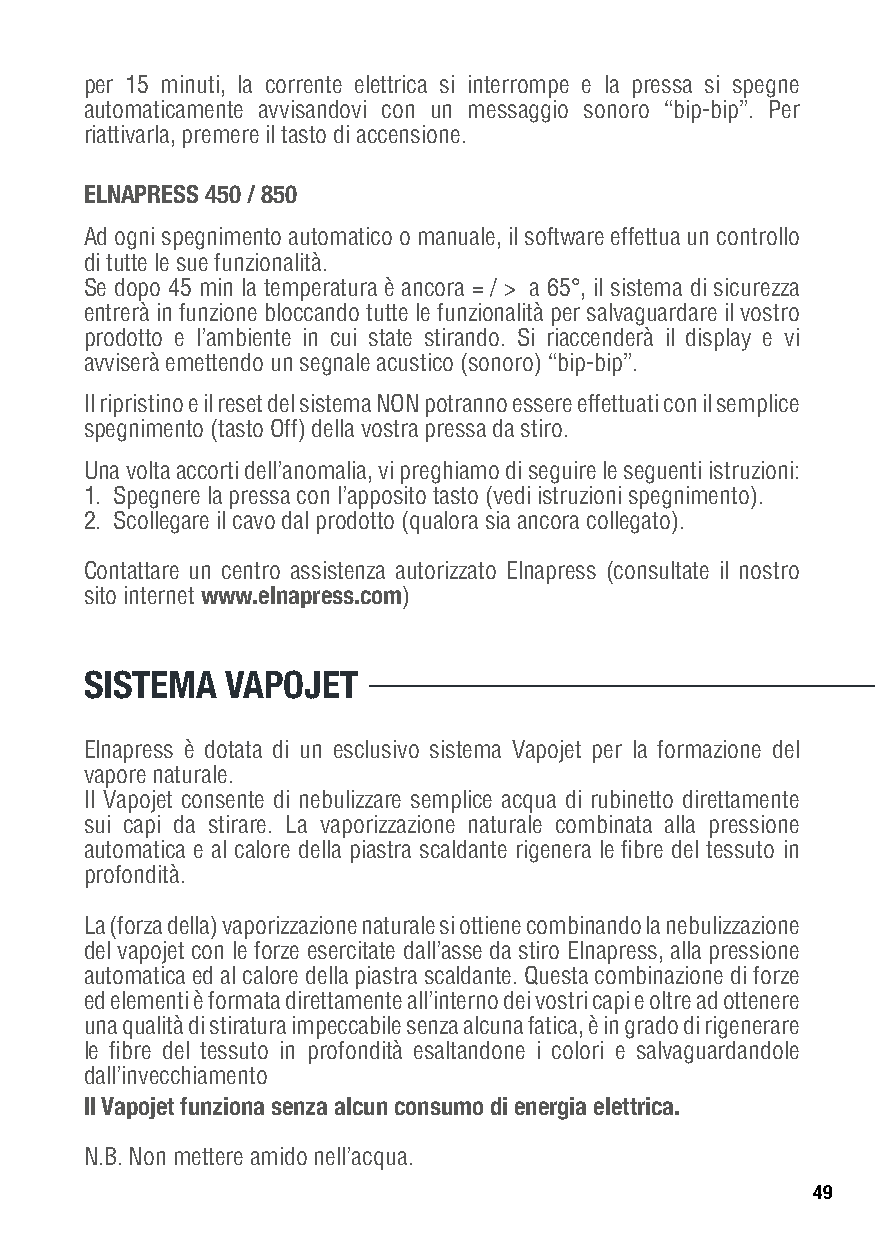
per 15 minuti, la corrente elettrica si interrompe e la pressa si spegne
 automaticamente avvisandovi con un messaggio sonoro “bip-bip”. Per
 riattivarla, premere il tasto di accensione.
 ELNAPRESS 450 / 850
 Ad ogni spegnimento automatico o manuale, il software effettua un controllo
 di tutte le sue funzionalità.
 Se dopo 45 min la temperatura è ancora = / > a 65°, il sistema di sicurezza
 entrerà in funzione bloccando tutte le funzionalità per salvaguardare il vostro
 prodotto e l’ambiente in cui state stirando. Si riaccenderà il display e vi
 avviserà emettendo un segnale acustico (sonoro) “bip-bip”.
 Il ripristino e il reset del sistema NON potranno essere effettuati con il semplice
 spegnimento (tasto Off) della vostra pressa da stiro.
 Una volta accorti dell’anomalia, vi preghiamo di seguire le seguenti istruzioni:
 1. Spegnere la pressa con l’apposito tasto (vedi istruzioni spegnimento).
 2. Scollegare il cavo dal prodotto (qualora sia ancora collegato).
 Contattare un centro assistenza autorizzato Elnapress (consultate il nostro
 sito internet www.elnapress.com)
 SISTEMA  VAPOJET
 Elnapress è dotata di un esclusivo sistema Vapojet per la formazione del
 vapore naturale.
 Il Vapojet consente di nebulizzare semplice acqua di rubinetto direttamente
 sui capi da stirare. La vaporizzazione naturale combinata alla pressione
 automatica e al calore della piastra scaldante rigenera le fibre del tessuto in
 profondità.
 La (forza della) vaporizzazione naturale si ottiene combinando la nebulizzazione
 del vapojet con le forze esercitate dall’asse da stiro Elnapress, alla pressione
 automatica ed al calore della piastra scaldante. Questa combinazione di forze
 ed elementi è formata direttamente all’interno dei vostri capi e oltre ad ottenere
 una qualità di stiratura impeccabile senza alcuna fatica, è in grado di rigenerare
 le fibre del tessuto in profondità esaltandone i colori e salvaguardandole
 dall’invecchiamento
 Il Vapojet funziona senza alcun consumo di energia elettrica.
 N.B. Non mettere amido nell’acqua.
 49